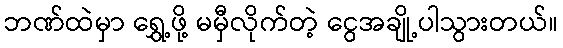
ဘဏ်ထဲမှာ ရွှေ့ဖို့ မမှီလိုက်တဲ့ ငွေအချို့ပါသွားတယ်။